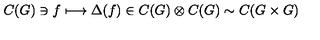
C ( G ) \ni f \longmapsto \Delta ( f ) \in C ( G ) \otimes C ( G ) \sim C ( G \times G )